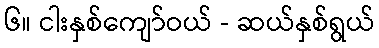
၆။ ငါးနှစ်ကျော်ဝယ် - ဆယ်နှစ်ရွယ်